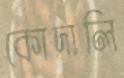
কোদালি